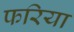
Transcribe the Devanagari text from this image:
फरिया